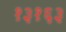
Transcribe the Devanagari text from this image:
१३१६३